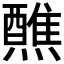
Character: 𬋕